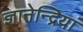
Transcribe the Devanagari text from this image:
ज्ञानेन्द्रियां